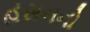
હસનનો